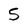
Character: 5